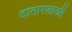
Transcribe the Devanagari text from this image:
दातारशास्त्री